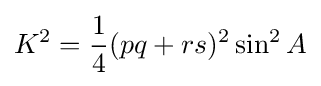
K^{2}={\frac {1}{4}}(pq+rs)^{2}\sin ^{2}A